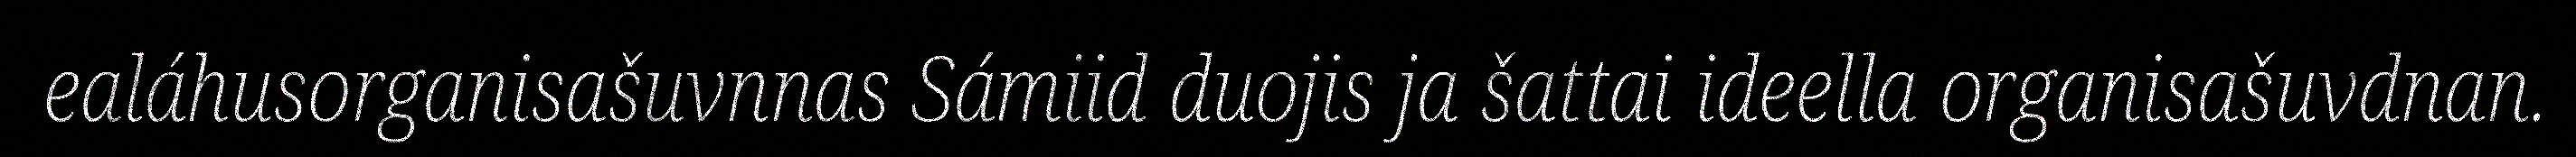
ealáhusorganisašuvnnas Sámiid duojis ja šattai ideella organisašuvdnan.